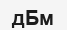
дБм